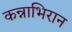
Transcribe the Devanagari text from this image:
कन्नाभिरान